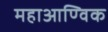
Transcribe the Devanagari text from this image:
महाआण्विक